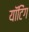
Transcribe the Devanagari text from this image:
यॉटिंग